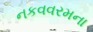
નકવવરમના